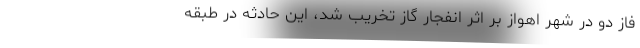
فاز دو در شهر اهواز بر اثر انفجار گاز تخریب شد، این حادثه در طبقه